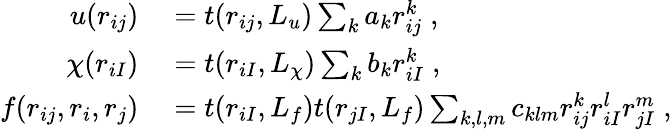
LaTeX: \begin{array}{rl}{u(r_{ij})}&{{}=t(r_{ij},L_{u})\sum_{k}a_{k}r_{ij}^{k}\; ,}\\ {\chi(r_{iI})}&{{}=t(r_{iI},L_{\chi})\sum_{k}b_{k}r_{iI}^{k}\; ,}\\ {f(r_{ij},r_{i},r_{j})}&{{}=t(r_{iI},L_{f})t(r_{jI},L_{f})\sum_{k,l,m}c_{klm}r_{ij}^{k}r_{iI}^{l}r_{jI}^{m}\; ,}\end{array}